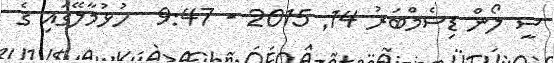
ސީ ލޯން ޑިސެމްބަރު 14